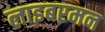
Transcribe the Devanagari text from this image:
लाइबरमन